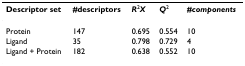
<table><thead><tr><td><b>Descriptor set</b></td><td><b>#descriptors</b></td><td><b><i>R</i><sup>2</sup><i>X</i></b></td><td><b><i>Q</i><sup>2</sup></b></td><td><b><i>#components</i></b></td></tr></thead><tbody><tr><td>Protein</td><td>147</td><td>0.695</td><td>0.554</td><td>10</td></tr><tr><td>Ligand</td><td>35</td><td>0.798</td><td>0.729</td><td>4</td></tr><tr><td>Ligand + Protein</td><td>182</td><td>0.638</td><td>0.552</td><td>10</td></tr></tbody></table>